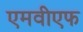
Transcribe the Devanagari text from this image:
एमवीएफ